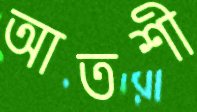
আতশী